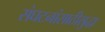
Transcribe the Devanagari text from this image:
संघटनांसाठीसुद्धा